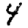
Digit: 4